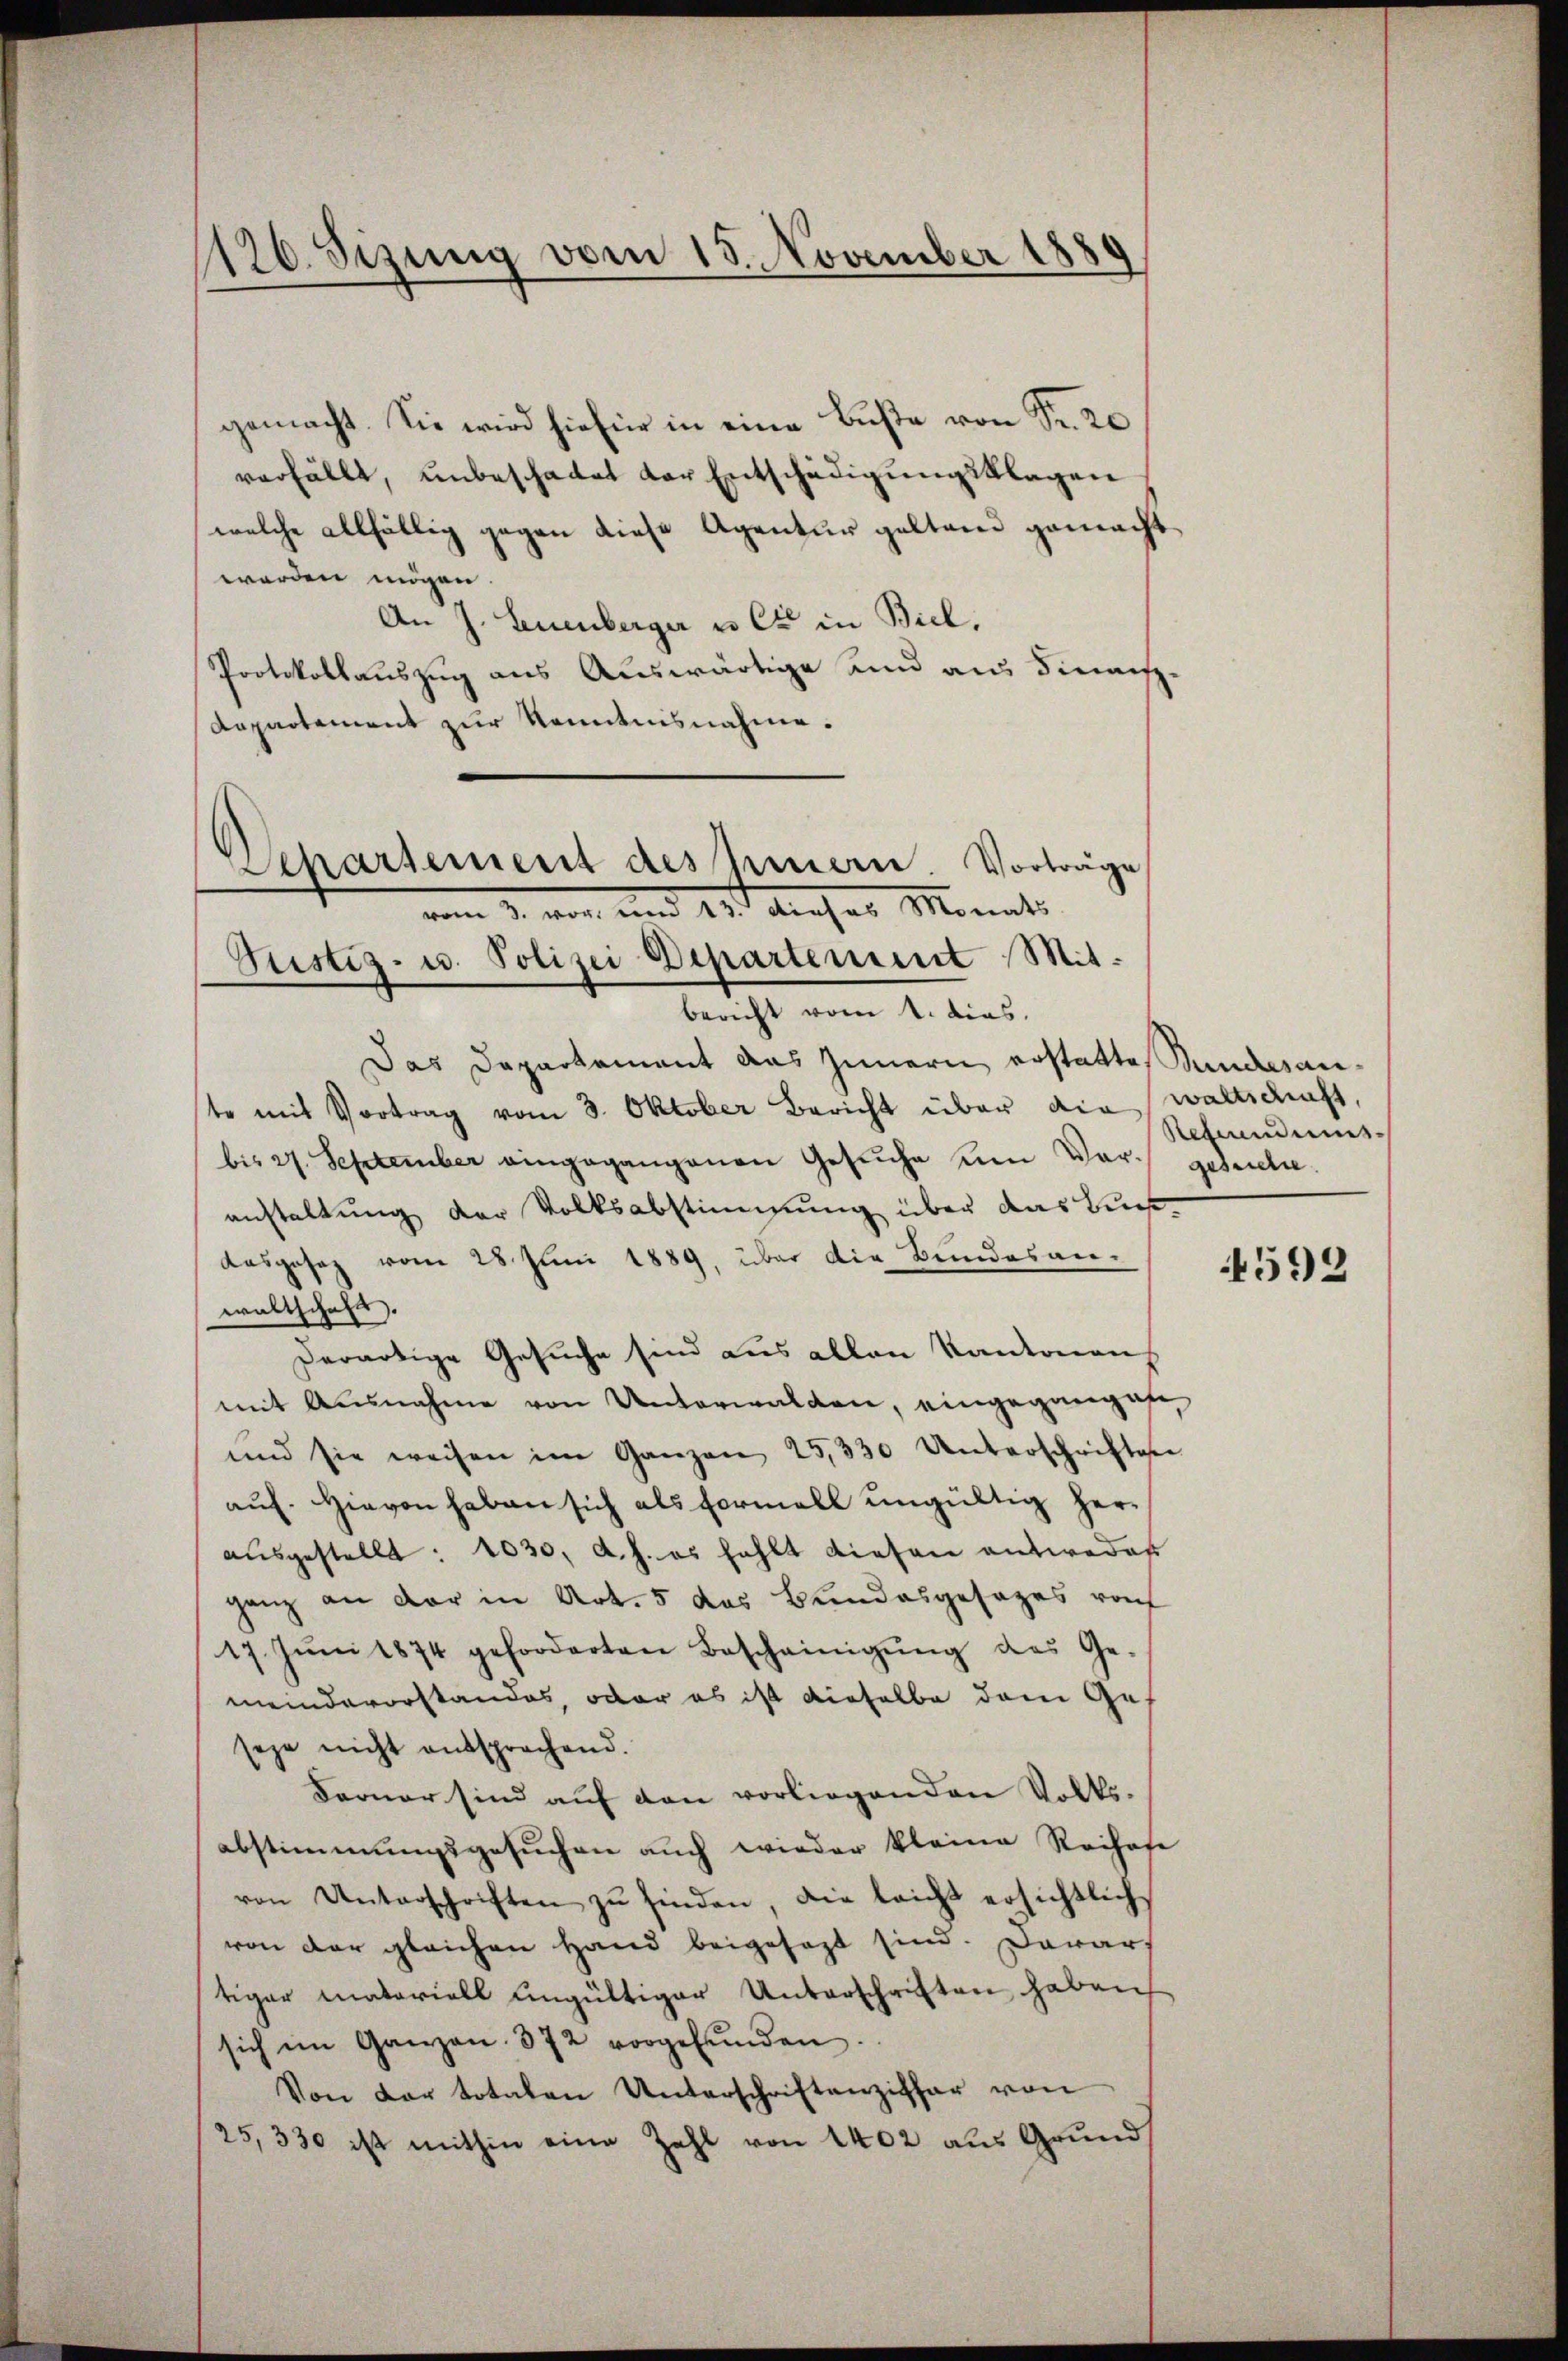
126. Sizung vom 15. November 1880

gemacht. Sie wird hiefür in eine Buße von Fr. 20
verfällt, unbeschadet der Entschädigungsklagen
welche allfällig gegen diese Agentur geltend gemacht
worden mögen.
An J. Leuenberger vo Ct. in Biel,
Protokollauszug aus Auswärtige und aus dienis¬
Repartement zur Kenntnisnahme.
bericht vom 4. dies
Das Departement das Innern erstatte Bundesante mit Vortrag vom 3. Oktober Bericht über die waltschaft,
bis 27. September eingegangenen Gesŭche um Vor- geschie
anstaltung der Volksabstimmung über das Bun¬
Ausgesez vom 28 Juni 1889, über die Bundesan-
waltschaft.
Derartige Gesuche sind aus allen Kantonen
mit Ausnahme von Unterwalden, eingegangen
und sie weisen im Ganzen 25,330 Unterschriften
auf. Hievon haben sich als Formell ungültig heraŭsgestellt: 1030, d.h. es fehlt diesen antweder
ganz an der in Art. 5 des Bundesgesages vo
17. Jŭni 1874 geforderten Bescheinigŭng des Ge-
meindevorstandes, oder es ist dieselbe dem Gesehe nicht entsprochend.
Farner sind auf den vorliegenden Volks-
abstimmungsgesŭchen auch wieder kleine Reihafe
von Unterschriften zŭ finden, die leicht ersichtlich
von der gleichen Hand beigesezt sind. Darauf
tiger materiell ungültiger Unterschriften haben
sich im Ganzen. 372 vorgefŭnden.
Von der totalen Unterschriftenziffer von
25,330 ist mithin eine Zahl von 1402 aus Grund

Separtement des Innern. Vorträge
vom 2. von und 21. dieses Monats
Gustiz- u. Polizei Departement Mit

Refundums¬

4592